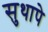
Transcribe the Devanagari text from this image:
सुथापे